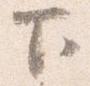
下